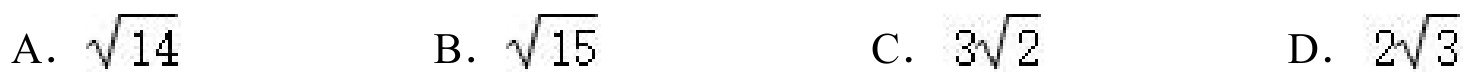
A. \(\sqrt{14}\)
B. \(\sqrt{15}\)
C. \(3\sqrt{2}\)
D. \(2\sqrt{3}\)